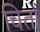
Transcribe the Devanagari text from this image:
चितों